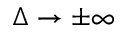
\Delta \to \pm \infty